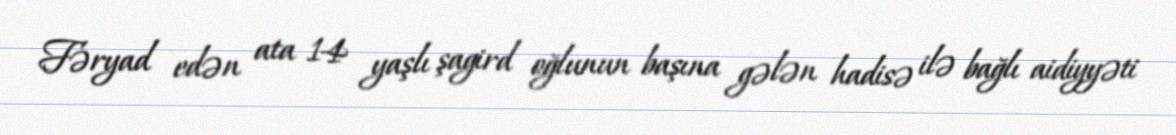
Fəryad edən ata 14 yaşlı şagird oğlunun başına gələn hadisə ilə bağlı aidiyyəti